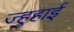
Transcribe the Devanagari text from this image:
ज्हुहाई